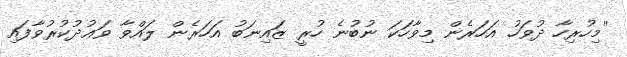
''މިހުރިހާ ދުވަހު އަހަރެން މިވާހަކަ ނުބުނެ ހުރީ ޒައިނަބު އަހަރެން ލައްވާ ވަޢުދުކުރުވާފައި